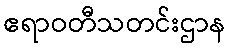
ဧရာဝတီသတင်းဌာန